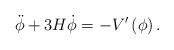
LaTeX: \begin{align*}\ddot{\phi}+3H\dot{\phi}=-V^{\prime }\left( \phi \right) .\end{align*}